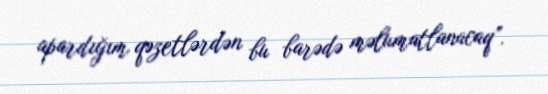
apardığım qəzetlərdən bu barədə məlumatlanacaq”.